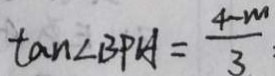
\tan \angle B P H = \frac { 4 - m } { 3 }